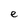
Character: e